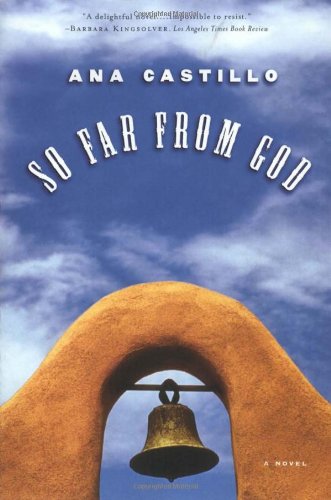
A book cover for So Far from God: A Novel; Ana Castillo; Literature & Fiction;